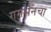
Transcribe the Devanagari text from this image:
गमभनचा